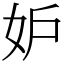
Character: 妒